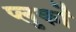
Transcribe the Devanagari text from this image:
प्लुर्कों